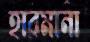
হারমানা